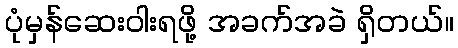
ပုံမှန်ဆေးဝါးရဖို့ အခက်အခဲ ရှိတယ်။